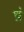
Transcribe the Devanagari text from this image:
प्रं